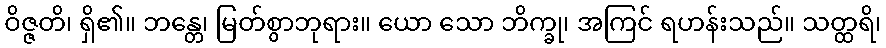
ဝိဇ္ဇတိ၊ ရှိ၏။ ဘန္တေ၊ မြတ်စွာဘုရား။ ယော သော ဘိက္ခု၊ အကြင် ရဟန်းသည်။ သတ္ထရိ၊